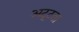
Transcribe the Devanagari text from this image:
अटूटता